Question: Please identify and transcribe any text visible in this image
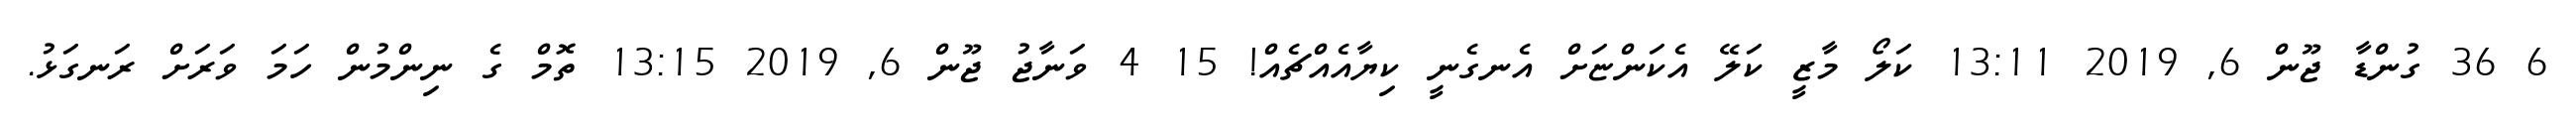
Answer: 6 36 ގުންޑާ ޖޫން 6, 2019 13:11 ކަލޯ މާޒީ ކަލޭ އެކަންޏަށް އެނގެނީ ކިޔާއެއްޗެއް! 15 4 ވަނާޖު ޖޫން 6, 2019 13:15 ތޮމް ގެ ނިންމުން ހަމަ ވަރަށް ރަނގަޅު.